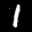
Label: 1